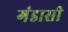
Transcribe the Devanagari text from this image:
गंडासी